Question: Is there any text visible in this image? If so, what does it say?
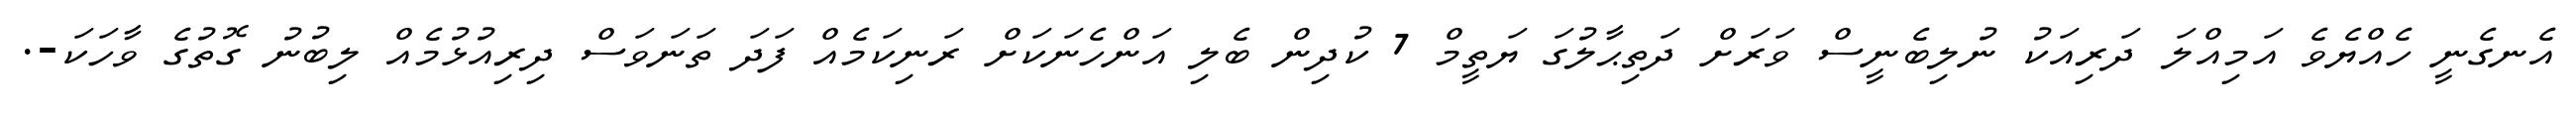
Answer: އެނގެނީ ހެއްޔެވެ އަމިއްލަ ދަރިއަކު ނުލިބެނީސް ވަރަށް ދަތިޙާލުގަ ޔަތީމް 7 ކުދިން ބެލި އަންހެނަކަށް ރަނިކަމެއް ފަދަ ތަނަވަސް ދިރިއުޅުމެއް ލިބުނު ގޮތުގެ ވާހަކަ-.